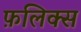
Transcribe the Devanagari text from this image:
फ़लिक्स